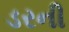
ડરની